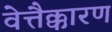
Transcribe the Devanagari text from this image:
वेत्तैक्कारण